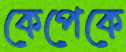
কেপেকে